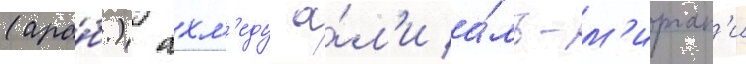
(ара́б.) ахм'еду а́л'и а́ль-м'ирган'и